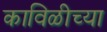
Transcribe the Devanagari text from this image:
काविळीच्या